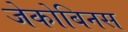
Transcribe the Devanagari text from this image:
जेकोबिनस